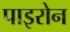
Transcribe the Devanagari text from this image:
पाइरोन